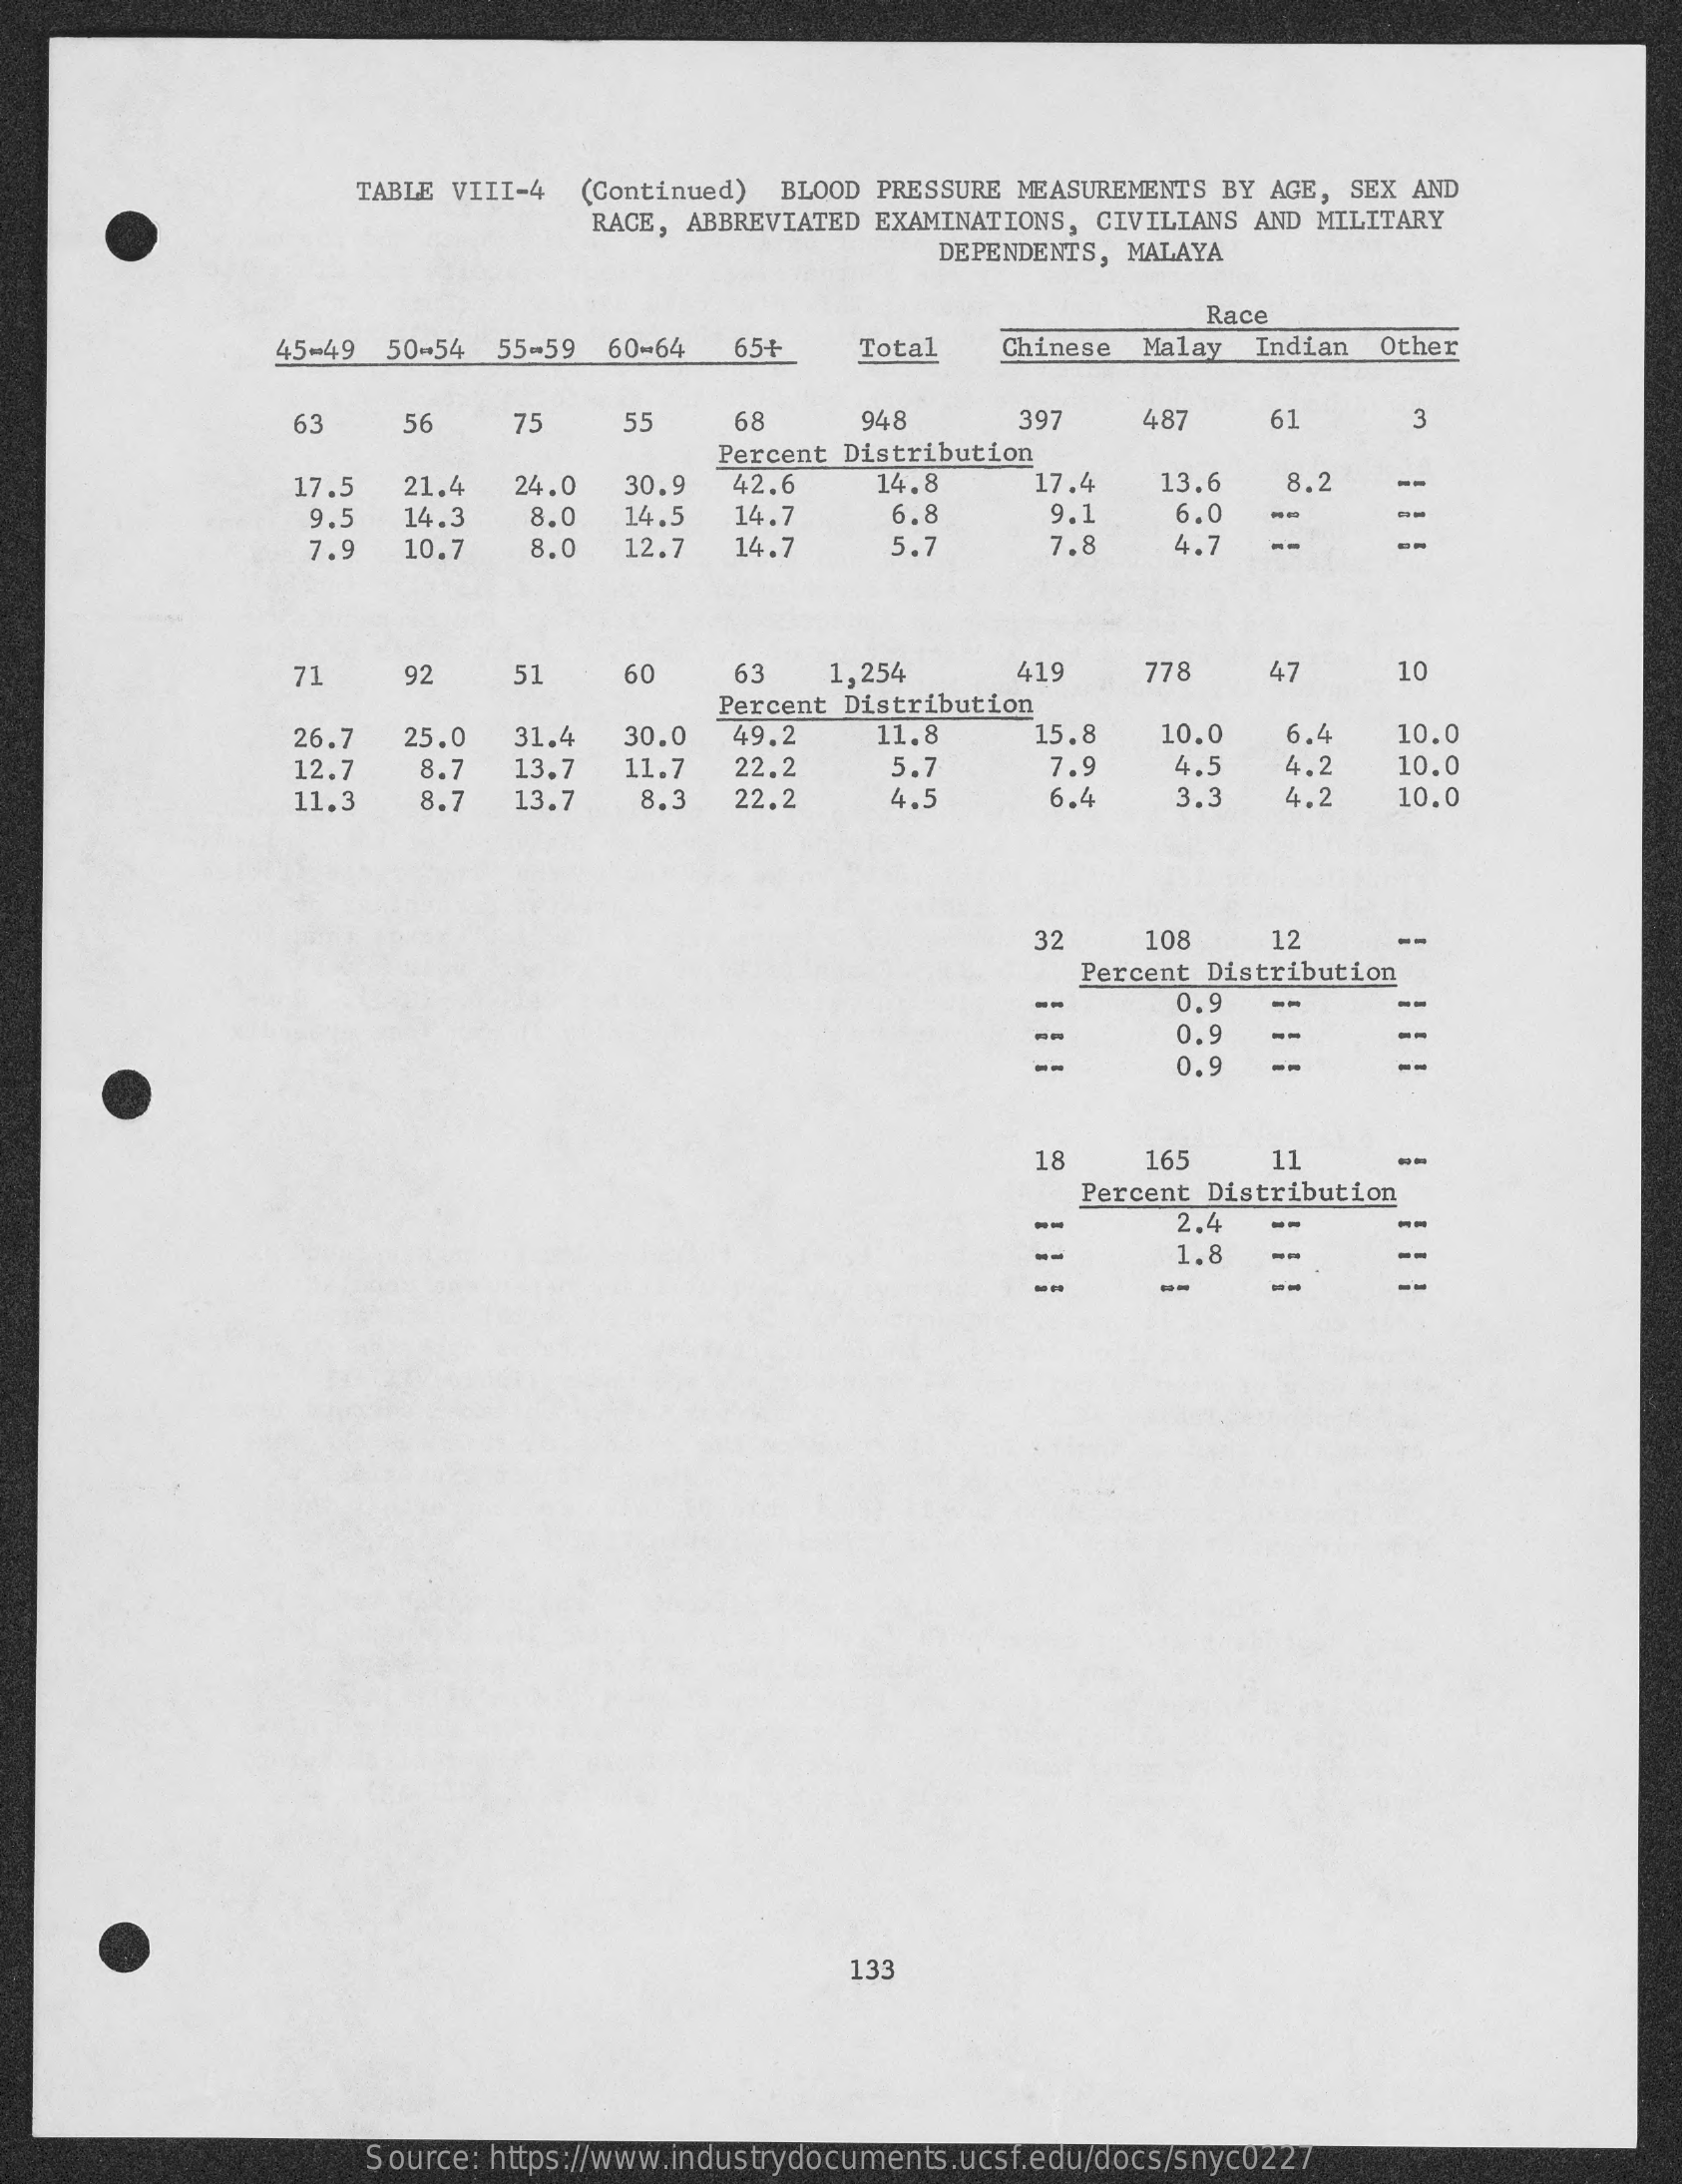
TABLE VIII-4  (Continued)  BLOOD PRESSURE MEASUREMENTS BY AGE, SEX AND
     RACE, ABBREVIATED EXAMINATIONS, CIVILIANS AND MILITARY
     DEPENDENTS, MALAYA
     Race
     45-49 50-54  55-59  60-64   65+    Total   Chinese  Malay  Indian  Other
     er 63 56 75 55 68 948 397 487 61
     24.0
     Percent Distribution
     17.5  21.4    30.9   42,6    14.8    17.4   13.6    8.2
     9.5  14.3    8.0   14.5   14.7    6.8    9,1    6.0   --
     7.9  10.7    8.0   12.7   14.7    5.7    7.8    4.7   --    --
     71    92    51    60    63    1,254    419    778    47    10
     Percent Distribution
     26.7   25.0   31.4   30.0   49.2    11.8    15.8    10.0   6.4    10.0
     12.7    8.7  13,7   11.7   22.2    5.7    7.9    4.5   4.2    10.0
     11.3   8.7   13.7    8.3  22.2    4.3    6.4    3.3   4.2    10.0
     32    108    12    --
     Percent Distribution
     --    0.9  --    --
     --
     0.9
     18    165    11    -
     Percent Distribution
     2.4  --    --
     1.8  -
     --
     133
     Source: https://www.industrydocuments.ucsf.edu/docs/snyc0227